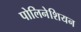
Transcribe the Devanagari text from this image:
पोलिनेशियन